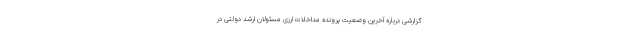
گزارشی درباره آخرین وضعیت پرونده مداخلات ارزی مسئولان ارشد دولتی در